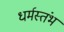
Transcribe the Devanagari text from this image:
धर्मस्तंभ